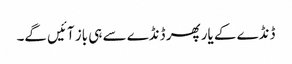
ڈنڈے کے یار پھر ڈنڈے سے ہی باز آئیں گے۔